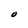
Character: O